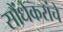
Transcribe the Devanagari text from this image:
सौंधेकरांचे